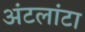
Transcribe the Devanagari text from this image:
अंटलांटा